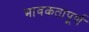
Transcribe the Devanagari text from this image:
भावकतापूर्ण